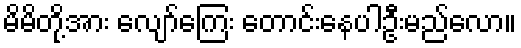
မိမိတို့အား လျော်ကြေး တောင်းနေပါဦးမည်လော။